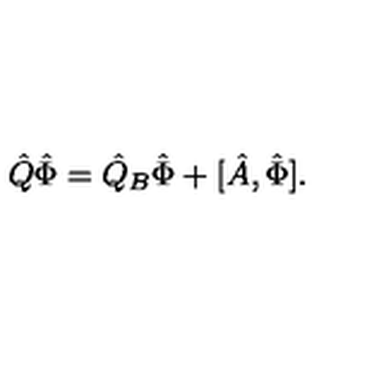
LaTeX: \hat { Q } \hat { \Phi } = \hat { Q } _ { B } \hat { \Phi } + [ \hat { A } , \hat { \Phi } ] .